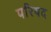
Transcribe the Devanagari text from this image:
परिषद